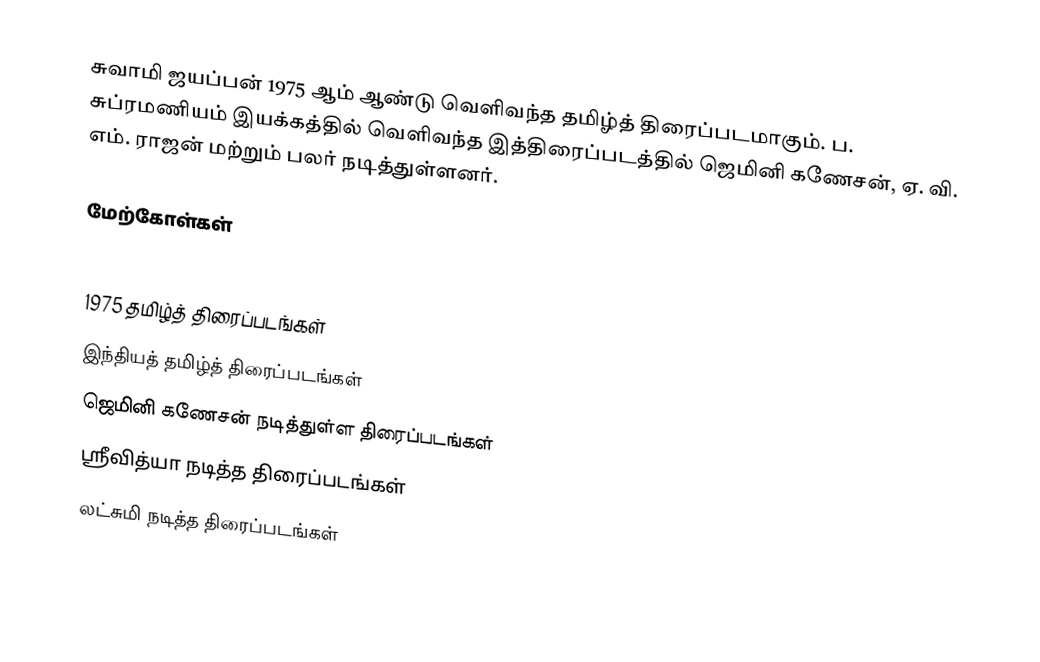
சுவாமி ஜயப்பன் 1975 ஆம் ஆண்டு வெளிவந்த தமிழ்த் திரைப்படமாகும்.  ப. சுப்ரமணியம் இயக்கத்தில் வெளிவந்த இத்திரைப்படத்தில் ஜெமினி கணேசன், ஏ. வி. எம். ராஜன் மற்றும் பலர் நடித்துள்ளனர்.

மேற்கோள்கள்

1975 தமிழ்த் திரைப்படங்கள்
இந்தியத் தமிழ்த் திரைப்படங்கள்
ஜெமினி கணேசன் நடித்துள்ள திரைப்படங்கள்
ஸ்ரீவித்யா நடித்த திரைப்படங்கள்
லட்சுமி நடித்த திரைப்படங்கள்